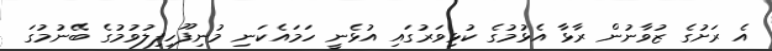
އެ ރަށުގެ ޒުވާނުން ރާޅާ އެޅުމުގެ ކުޅިވަރުގައި އުޅެނީ ހަމައެކަނި މުނިފޫހިފިލުވުމުގެ ބޭނުމުގަ